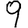
Digit: 9